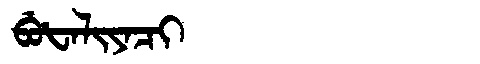
Manchu: ᠪᡠᡶᠠᠯᡳᠶᠠᠴᡳ
Romanization: BUFALIYACI